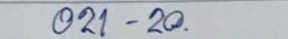
021 - 20